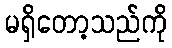
မရှိတော့သည်ကို